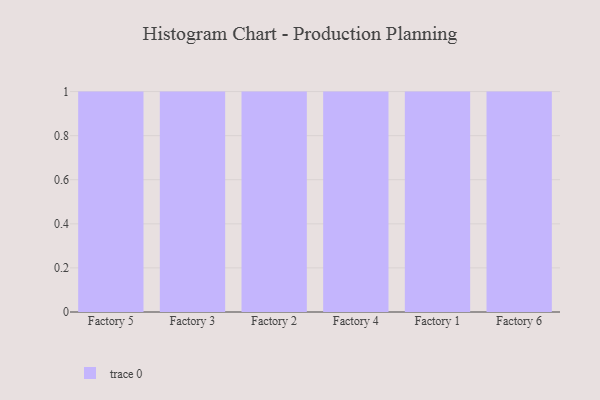
{"axis": {"x": "Factory", "y": "Churn Rate (%)"}, "legend": [""], "data": [{"x": "Factory 5", "y": 95, "type": ""}, {"x": "Factory 3", "y": 35, "type": ""}, {"x": "Factory 2", "y": 33, "type": ""}, {"x": "Factory 4", "y": 20, "type": ""}, {"x": "Factory 1", "y": 46, "type": ""}, {"x": "Factory 6", "y": 38, "type": ""}]}